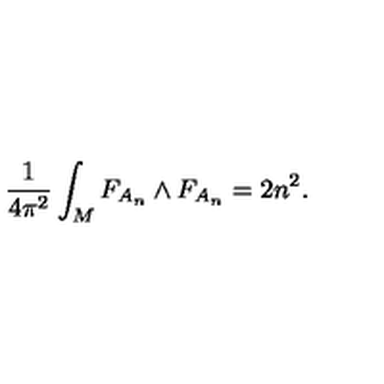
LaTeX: { \frac { 1 } { 4 \pi ^ { 2 } } } \int _ { M } F _ { A _ { n } } \wedge F _ { A _ { n } } = 2 n ^ { 2 } .